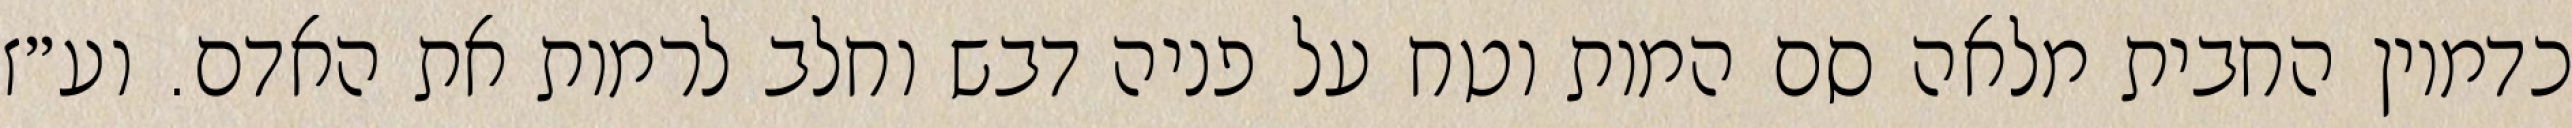
כדמיון החבית מלאה סם המות וטח על פניה דבש וחלב לרמות את האדם. וע״ז